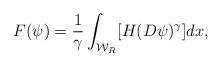
LaTeX: \begin{align*}F(\psi)=\frac 1 \gamma \int_{\mathcal W_{R}}[H(D\psi)^{\gamma}]dx,\end{align*}